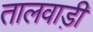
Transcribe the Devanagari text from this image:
तालवाड़ी